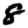
Digit: 8